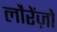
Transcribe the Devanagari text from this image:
लौरेंज़ो